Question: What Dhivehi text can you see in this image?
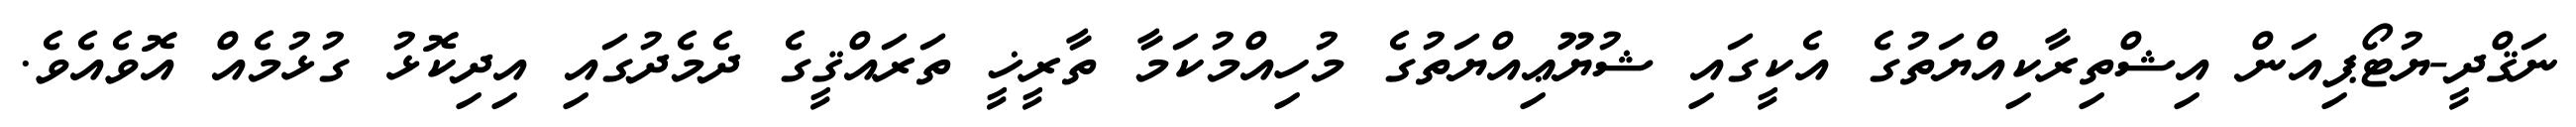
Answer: ނަޤްދީ-ޔުޓޯޕިއަން އިޝްތިރާކިއްޔަތުގެ އެކީގައި ޝުޔޫޢިއްޔަތުގެ މުހިއްމުކަމާ ތާރީޚީ ތަރައްޤީގެ ދެމެދުގައި އިދިކޮޅު ގުޅުމެއް އޮވެއެވެ.